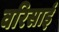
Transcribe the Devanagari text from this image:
वरिसाई